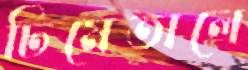
ঢিমেতালে